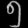
Digit: ၅